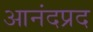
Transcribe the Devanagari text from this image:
आनंदप्रद